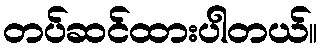
တပ်ဆင်ထားပါတယ်။